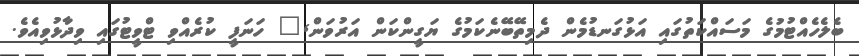
ބެލެހެއްޓުމުގެ މަސައްކަތުގައި އަޅުގަނޑުމެން ދެމިތޭބޭނެކަމުގެ ޔަގީންކަން އަރުވަން